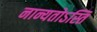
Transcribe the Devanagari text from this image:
नान्यतोऽस्ति